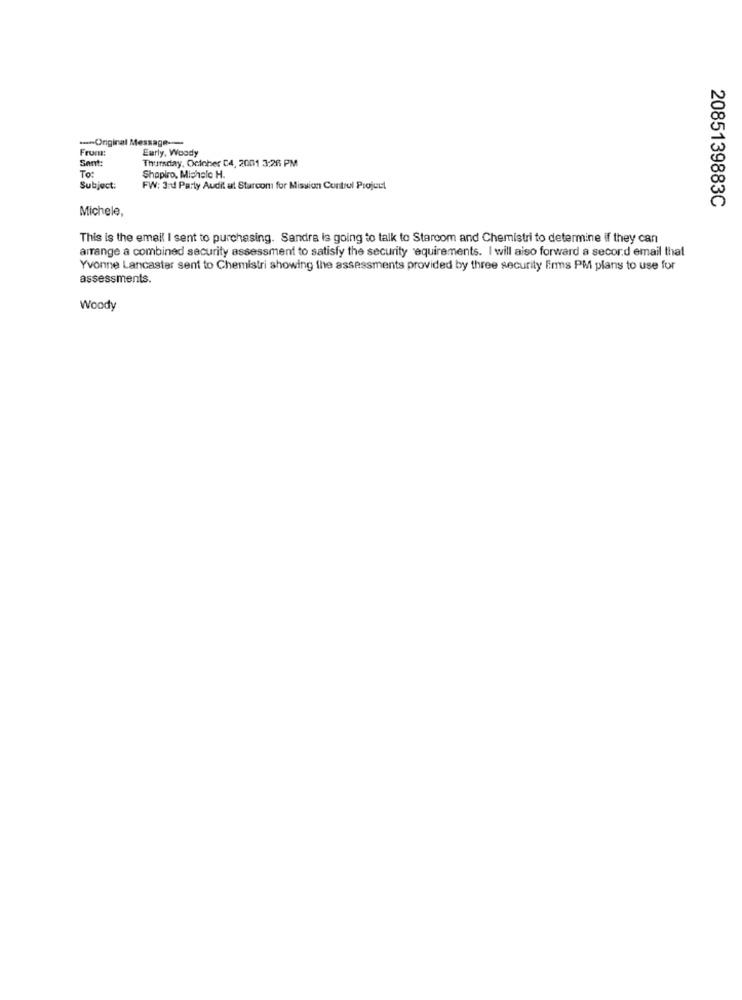
-- Ongir
Message-
From:
Early, Woody
Sent:
Thursday, October C4, 2001 3:26 PM
To:
Shapiro, Michele H.
Subject:
FW: 3rd Party Audit at Starcom for Mission Control Project
Michele,
2085139883C
This is the email I sent to purchasing. Sandra is going to talk to Starcom and Chemistri to determine if they can
arrange a combined security assessment to satisfy the security requirements. I will also forward a second email that
Yvonne Lancaster sent to Chemistri showing the assessments provided by three security firms PM plans to use for
assessments.
Woody